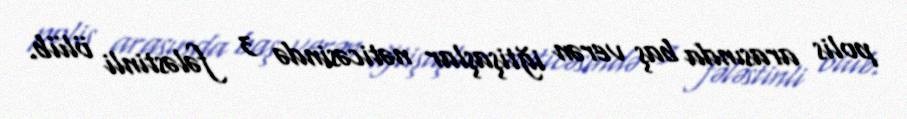
polis arasında baş verən iğtişaşlar nəticəsində 3 fələstinli ölüb.